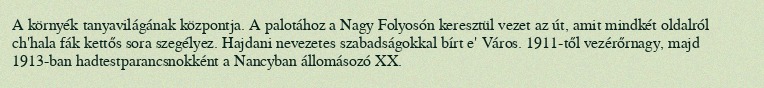
A környék tanyavilágának központja. A palotához a Nagy Folyosón keresztül vezet az út, amit mindkét oldalról ch'hala fák kettős sora szegélyez. Hajdani nevezetes szabadságokkal bírt e' Város. 1911-től vezérőrnagy, majd 1913-ban hadtestparancsnokként a Nancyban állomásozó XX.